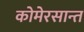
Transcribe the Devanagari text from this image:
कोमेरसान्त